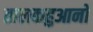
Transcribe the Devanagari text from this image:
तालकहुआनो